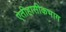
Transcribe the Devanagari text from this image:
ऐतीहासीकभाग